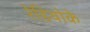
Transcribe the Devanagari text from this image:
रेडियोके